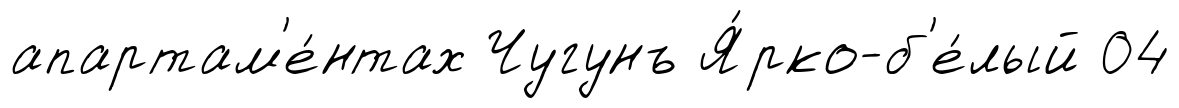
апартам'е́нтах Чугунъ Я́рко-б'е́лый 04